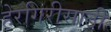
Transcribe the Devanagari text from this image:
हेरगिरीसाठी